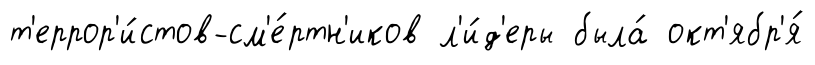
т'еррор'и́стов-см'е́ртн'иков л'и́д'еры была́ окт'ябр'я́